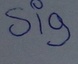
Text: Sig